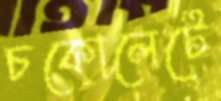
চকোলেটে